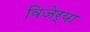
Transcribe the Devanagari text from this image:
विजेर्या